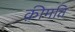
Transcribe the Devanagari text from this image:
क़ीमति